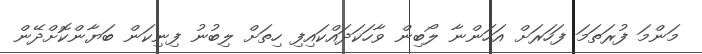
މަންމަ ފުރަތަމަ ފަހަރަށް އަހަންނާ ލޯބިން ވާހަކަދައްކައިފި ހިތަށް ލިބުނު ފިނިކަން ބަޔާންކޮށްދޭން